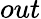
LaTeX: out